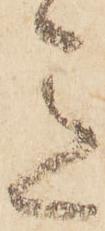
意